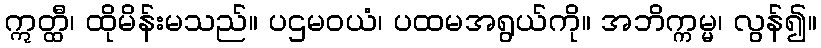
ဣတ္ထီ၊ ထိုမိန်းမသည်။ ပဌမဝယံ၊ ပထမအရွယ်ကို။ အဘိက္ကမ္မ၊ လွန်၍။